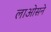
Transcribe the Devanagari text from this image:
लाओसने